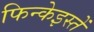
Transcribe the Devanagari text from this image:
फिन्केइस्तें